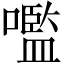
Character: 嚂